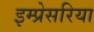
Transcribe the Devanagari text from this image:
इम्प्रेसरिया